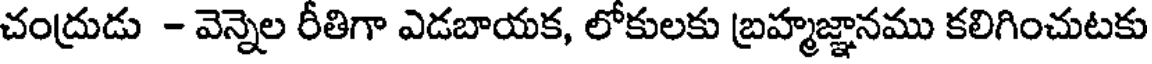
చంద్రుడు - వెన్నెల రీతిగా ఎడబాయక, లోకులకు బ్రహ్మజ్ఞానము కలిగించుటకు